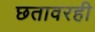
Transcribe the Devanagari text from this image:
छतावरही